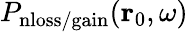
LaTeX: P_{\mathrm{nloss/gain}}(\mathbf{r}_{0},\omega)